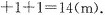
$$+1+1=14(m)$$.